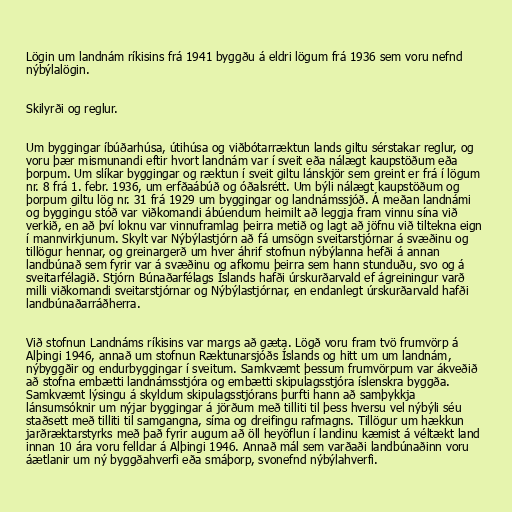
Lögin um landnám ríkisins frá 1941 byggðu á eldri lögum frá 1936 sem voru nefnd
nýbýlalögin.

Skilyrði og reglur.

Um byggingar íbúðarhúsa, útihúsa og viðbótarræktun lands giltu sérstakar reglur, og
voru þær mismunandi eftir hvort landnám var í sveit eða nálægt kaupstöðum eða
þorpum. Um slíkar byggingar og ræktun í sveit giltu lánskjör sem greint er frá í lögum
nr. 8 frá 1. febr. 1936, um erfðaábúð og óðalsrétt. Um býli nálægt kaupstöðum og
þorpum giltu lög nr. 31 frá 1929 um byggingar og landnámssjóð. Á meðan landnámi
og byggingu stóð var viðkomandi ábúendum heimilt að leggja fram vinnu sína við
verkið, en að því loknu var vinnuframlag þeirra metið og lagt að jöfnu við tiltekna eign
í mannvirkjunum. Skylt var Nýbýlastjórn að fá umsögn sveitarstjórnar á svæðinu og
tillögur hennar, og greinargerð um hver áhrif stofnun nýbýlanna hefði á annan
landbúnað sem fyrir var á svæðinu og afkomu þeirra sem hann stunduðu, svo og á
sveitarfélagið. Stjórn Búnaðarfélags Íslands hafði úrskurðarvald ef ágreiningur varð
milli viðkomandi sveitarstjórnar og Nýbýlastjórnar, en endanlegt úrskurðarvald hafði
landbúnaðarráðherra.

Við stofnun Landnáms ríkisins var margs að gæta. Lögð voru fram tvö frumvörp á
Alþingi 1946, annað um stofnun Ræktunarsjóðs Íslands og hitt um um landnám,
nýbyggðir og endurbyggingar í sveitum. Samkvæmt þessum frumvörpum var ákveðið
að stofna embætti landnámsstjóra og embætti skipulagsstjóra íslenskra byggða.
Samkvæmt lýsingu á skyldum skipulagsstjórans þurfti hann að samþykkja
lánsumsóknir um nýjar byggingar á jörðum með tilliti til þess hversu vel nýbýli séu
staðsett með tilliti til samgangna, síma og dreifingu rafmagns. Tillögur um hækkun
jarðræktarstyrks með það fyrir augum að öll heyöflun í landinu kæmist á véltækt land
innan 10 ára voru felldar á Alþingi 1946. Annað mál sem varðaði landbúnaðinn voru
áætlanir um ný byggðahverfi eða smáþorp, svonefnd nýbýlahverfi.